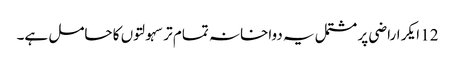
12 ایکر اراضی پر مشتمل یہ دواخانہ تمام تر سہولتوں کا حامل ہے۔